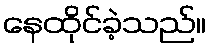
နေထိုင်ခဲ့သည်။